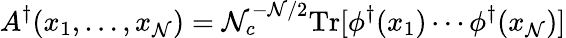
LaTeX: A^{\dagger}(x_{1},\ldots,x_{\mathcal{N}})=\mathcal{N}_{c}^{-\mathcal{N}/2}\mathrm{{Tr}}[\phi^{\dagger}(x_{1})\cdots\phi^{\dagger}(x_{\mathcal{N}})]